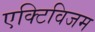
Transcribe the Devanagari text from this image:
एक्टिविजम